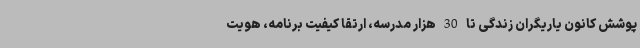
پوشش کانون یاریگران زندگی تا 30 هزار مدرسه، ارتقا کیفیت برنامه، هویت